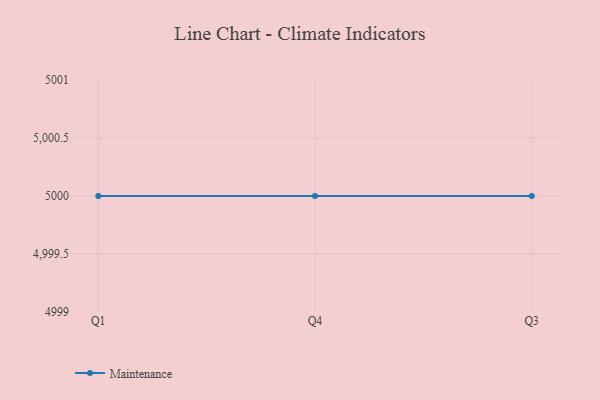
{"axis": {"x": "Quarter", "y": "Budget (USD K)"}, "legend": ["Maintenance"], "data": [{"x": "Q1", "y": 5000, "type": "Maintenance"}, {"x": "Q4", "y": 5000, "type": "Maintenance"}, {"x": "Q3", "y": 5000, "type": "Maintenance"}]}